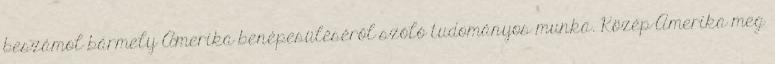
beszámol bármely Amerika benépesüléséről szóló tudományos munka. Közép-Amerika meg